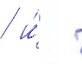
 и́